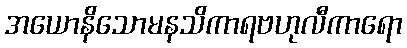
အယောနိသောမနသိကာရဗဟုလီကာရော